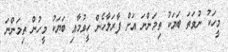
މީހަކު ނުވަތަ ބަޔަކު ތިމަންނަ އަށް ފާރަލާހެން ހީވުމާއި ބަޔަކު މީހުން ތިމަންނަ